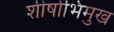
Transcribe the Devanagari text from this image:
शीर्षाभिमुख